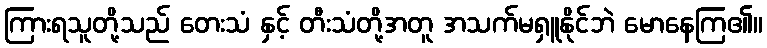
ကြားရသူတို့သည် တေးသံ နှင့် တီးသံတို့အတူ အသက်မရှူနိုင်ဘဲ မောနေကြ၏။